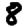
Digit: 8